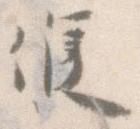
候